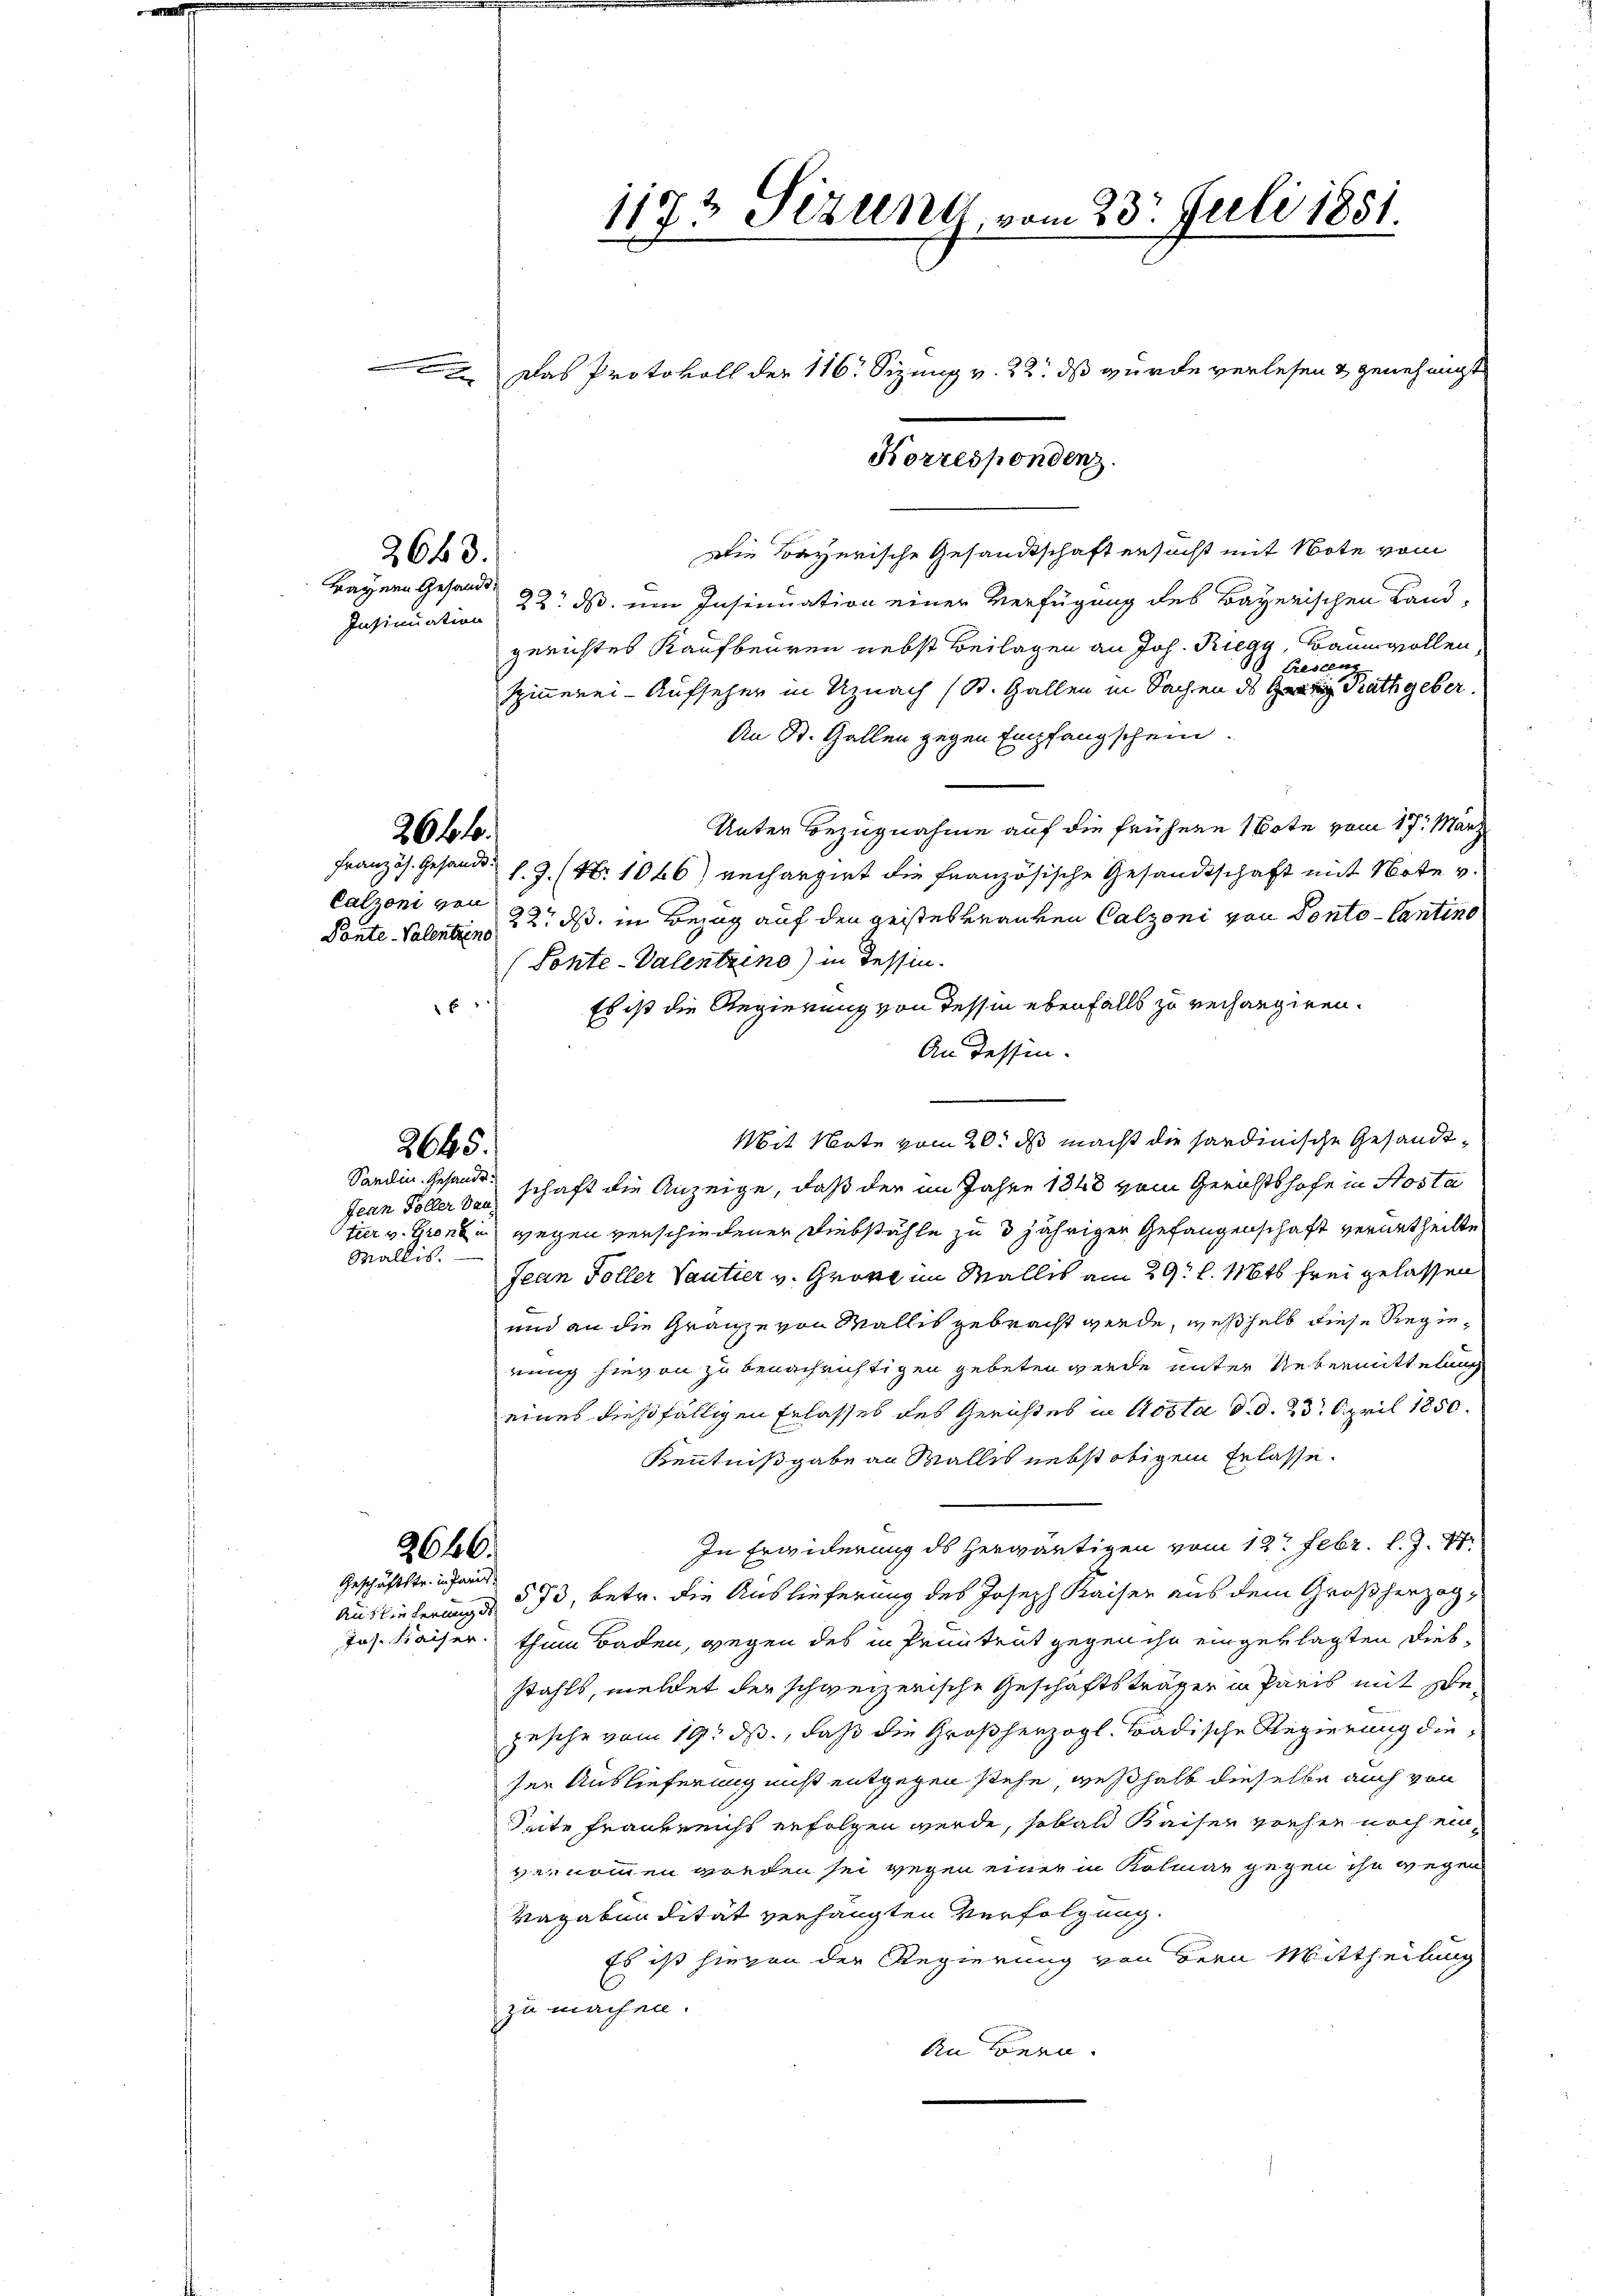
1173 Sizung, vom 23. Juli 1881.
 Das Protokoll der 116. Sizung v. 22. ds wurde verlesen & genehmigt

2663.

Bayern Gesandt
Insinuation

26 ff.

Calzoni von

Die Bayerische Gesandtschaft ersucht mit Note vom
22. ds. um Insinuation einer Verfügung des Bayerischen Land-
gerichtes Kaufbeuren nebst Beilagen an Joh. Riegg, Baumwollen,
Gresen
spinnerei- Aufseher in Uznach (St. Gallen in Sachen des Gratz Rathgeber
An St. Gallen gegen Empfangschein.
Unter Bezugnahme auf die frühere Bote vom 17. März
Französ. Gesandt s. Z. (Nr. 1046) rechargirt die französische Gesandtschaft mit Note v.
Ponte Valenten 22. ds. in Bezug auf den geisteskranken Calzoni von Ponto- Cantino
Ponte-Valentzins) in dessin.
E
Es ist die Regierung von dessen ebenfalls zu rechangiren.
An Tessin.
Mit Note vom 20. ds macht die sardinische Gesandt¬
Sanden Gesandtschaft die Anzeige, daß der im Jahre 1848 vom Gerichtshofe in Hosta
Jean Foller Dau
fier v. Grenze wegen verschiedener Diebstähle zu 3 jähriger Gefangenschaft verurtheilte
Wallis.
Jean Foller Vantier v. Grove im Wallis am 29t l. Mts frei gelassen
und an die Gränze von Wallis gebracht werde, weßhalb diese Regienung hievon zu benachrichtigen gebeten werde unter Uebermittelung
eines dießfälligen Erlasses des Gerichtes in Kosta d. d. 23. April 1850.
Kenntnißgabe an Walles nebst obigem Erlasse.
In Erwiderung ds herwärtigen vom 12. Febr. l. J. 17
2646.
Geschäftstr. in Paris
573, betr. die Auslieferung des Joseph Kaiser aus dem Großherzog
Auslieferung de
Jos. Kaiser. thum Baden, gegen des in Pruntrut gegen ihn eingeklagten Diebstahls, meldet der schweizerische Geschäftsträger in Paris mit sejesche vom 19. ds., daß die Großherzogl. Badische Regierung dieser Auslieferung nicht entgegen stehe, weßhalb dieselbe auch von
Seite Frankreichs erfolgen werde, sobald Kaiser vorher noch einvernommen werden sei wegen einer in Kolmar gegen ihn wegen
Vagabendität verhängten Verfolgung.
Es ist hievon der Regierung von Bern Mittheilung
zu machen.
An Bern.

2645.

Korrespondenz.